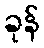
ခုန်